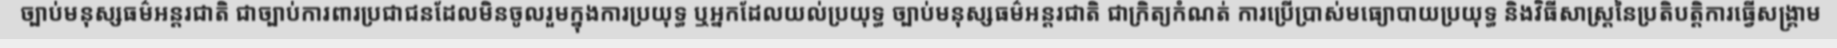
ច្បាប់មនុស្សធម៌អន្តរជាតិ ជាច្បាប់ការពារប្រជាជនដែលមិនចូលរួមក្នុងការប្រយុទ្ធ ឬអ្នកដែលយល់ប្រយុទ្ធ ច្បាប់មនុស្សធម៌អន្តរជាតិ ជាក្រិត្យកំណត់ ការប្រើប្រាស់មធ្យោបាយប្រយុទ្ធ និងវិធីសាស្ត្រនៃប្រតិបត្តិការធ្វើសង្គ្រាម